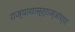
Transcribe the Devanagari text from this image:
राज्याशास्त्राज्ञांच्या